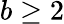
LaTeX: b\geq 2